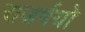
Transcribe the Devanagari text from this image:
राजर्षयो